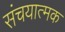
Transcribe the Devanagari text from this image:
संचयात्मक